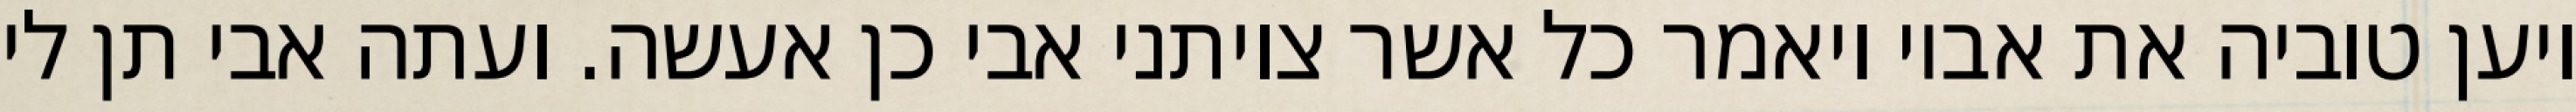
ויען טוביה את אביו ויאמר כל אשר צויתני אבי כן אעשה. ועתה אבי תן לי